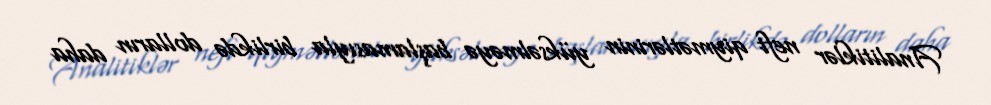
Analitiklər neft qiymətlərinin yüksəlməyə başlamasıyla birlikdə dolların daha